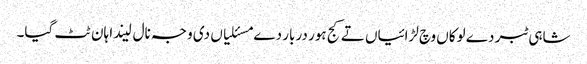
شاہی ٹبر دے لوکاں وچ لڑائیاں تے کج ہور دربار دے مسئلیاں دی وجہ نال لیندا ہان ٹٹ گیا۔